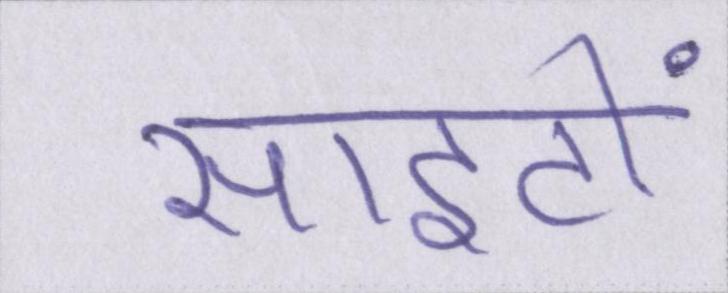
साइटों